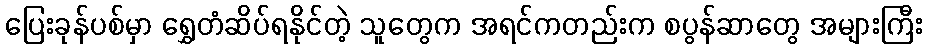
ပြေးခုန်ပစ်မှာ ရွှေတံဆိပ်ရနိုင်တဲ့ သူတွေက အရင်ကတည်းက စပွန်ဆာတွေ အများကြီး